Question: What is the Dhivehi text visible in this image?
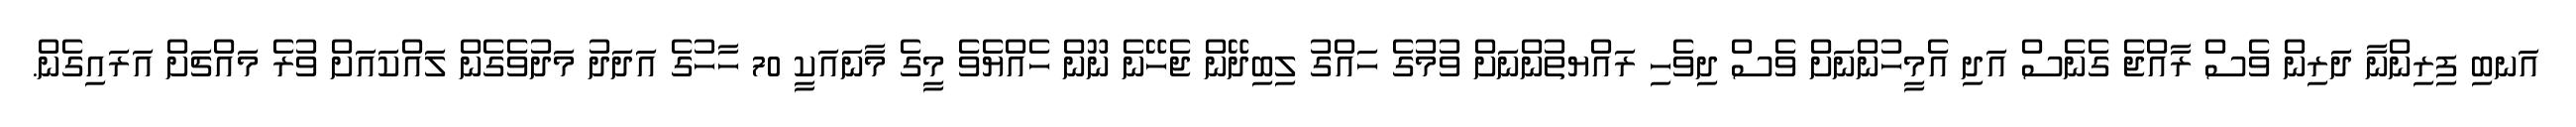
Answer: އަނބި ފިރިންނާ ދަރިން ވެސް ރާއްޖެ ގެނެސް އަދި އެމީހުންނަށް ވެސް ދިވެހި ރައްޔތުންނަށް ވުމުގެ ހައްގު ލިބިދޭން ޖެހޭނެ ނޫން ހެއްޔެވެ މީގެ މާނައަކީ 70 ހާހުގެ އަދަދު މަދުވެގެން ލައްކައަށް ވުރެ މައްޗަށް އަރައިގެން.